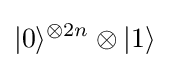
|0\rangle ^{\otimes 2n}\otimes |1\rangle